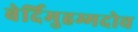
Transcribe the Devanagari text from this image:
बेर्दिमुहम्मदोव